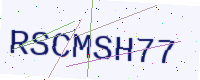
Text: RSCMSH77